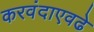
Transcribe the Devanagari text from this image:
करवंदाएवढे